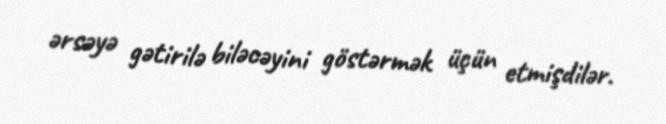
ərsəyə gətirilə biləcəyini göstərmək üçün etmişdilər.